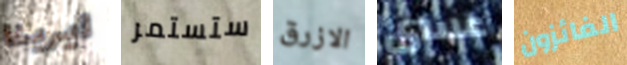
ايرينا ستستمر الازرق عسى الفائزون